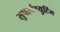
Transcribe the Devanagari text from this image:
सुपरकंप्युटिंग